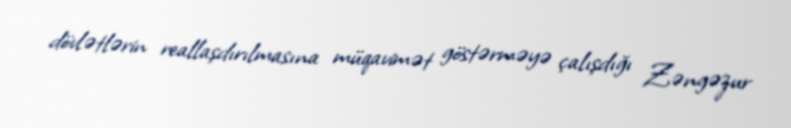
dövlətlərin reallaşdırılmasına müqavimət göstərməyə çalışdığı Zəngəzur